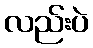
လည်းပဲ